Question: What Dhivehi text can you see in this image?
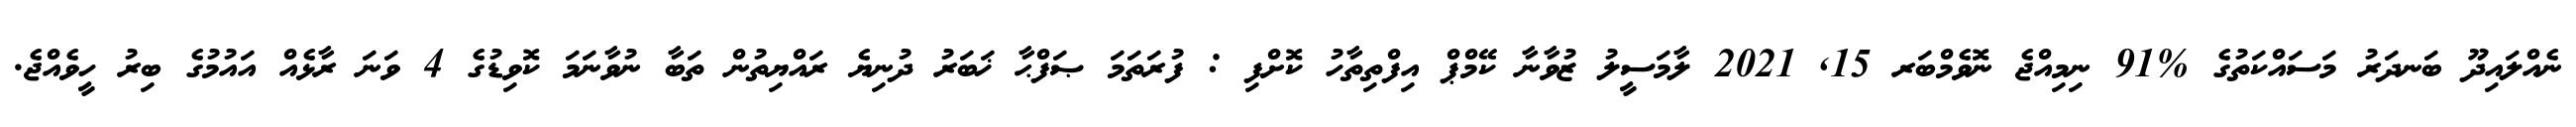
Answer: ނެއްލައިދޫ ބަނދަރު މަސައްކަތުގެ %91 ނިމިއްޖެ ނޮވެމްބަރ 15, 2021 ލާމަސީލު ޒުވާނާ ކޭމްޕް އިފްތިތާހު ކޮށްފި : ފުރަތަމަ ޞަފްޙާ ޚަބަރު ދުނިޔެ ރައްޔިތުން ތަބާ ނުވާނަމަ ކޮވިޑުގެ 4 ވަނަ ރާޅެއް އައުމުގެ ބިރު ހީވެއްޖެ.